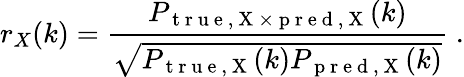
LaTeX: r_{X}(k)=\frac{P_{\mathrm{~t~r~u~e~,~X~}\times\mathrm{~p~r~e~d~,~X~}}(k)}{\sqrt{P_{\mathrm{~t~r~u~e~,~X~}}(k)P_{\mathrm{~p~r~e~d~,~X~}}(k)}}\; .